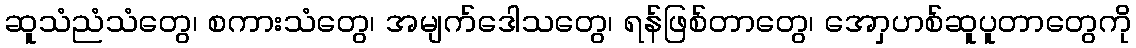
ဆူသံညံသံတွေ၊ စကားသံတွေ၊ အမျက်ဒေါသတွေ၊ ရန်ဖြစ်တာတွေ၊ အောှဟစ်ဆူပူတာတွေကို